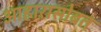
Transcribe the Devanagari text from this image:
आहारासोबत